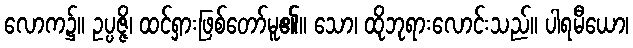
လောက၌။ ဥပ္ပဇ္ဇိ၊ ထင်ရှားဖြစ်တော်မူ၏။ သော၊ ထိုဘုရားလောင်းသည်။ ပါရမီယော၊